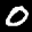
Label: 0